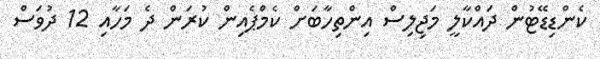
ކެންޑިޑޭޓުން ދައްކާލީ މަޖިލިސް އިންތިހާބަށް ކެމްޕެއިން ކުރަން ދެ މަހާއި 12 ދުވަސް